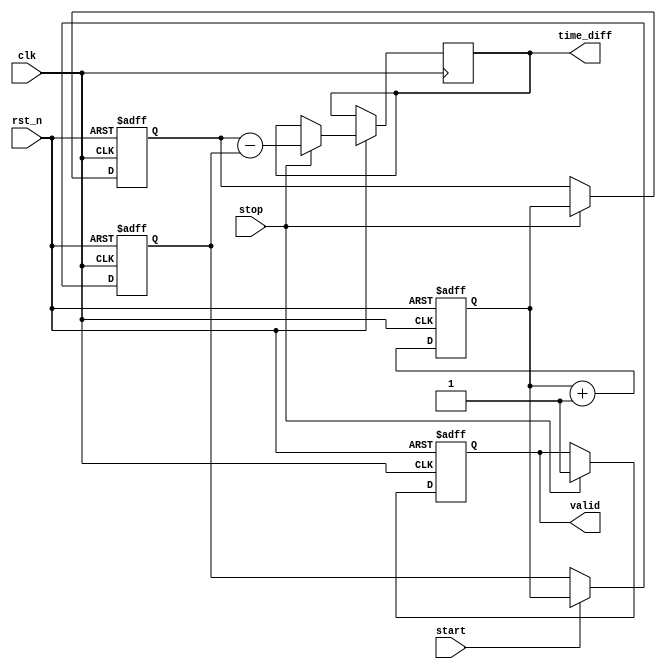
module TDC (
    input wire clk,        // High-frequency clock for time stamping
    input wire rst_n,     // Active-low reset
    input wire start,     // Start signal
    input wire stop,      // Stop signal
    output reg [31:0] time_diff, // Output time difference
    output reg valid      // Output valid signal
);

    reg [31:0] start_time; // Time stamp for start event
    reg [31:0] stop_time;  // Time stamp for stop event
    reg [31:0] counter;     // Counter for time stamping

    // Memory block - to store time stamps (simple register file)
    reg [31:0] mem_start [0:255]; // Memory for start time stamps
    reg [31:0] mem_stop  [0:255]; // Memory for stop time stamps
    reg [7:0] mem_write_ptr;       // Write pointer for memory

    // TMU: Time Measurement Unit
    always @(posedge clk or negedge rst_n) begin
        if (!rst_n) begin
            counter <= 32'b0;
            start_time <= 32'b0;
            stop_time <= 32'b0;
            mem_write_ptr <= 8'b0;
            valid <= 1'b0;
        end else begin
            counter <= counter + 1; // Increment counter on each clock cycle
            if (start) begin
                mem_start[mem_write_ptr] <= counter; // Store start timestamp
                start_time <= counter;
            end
            if (stop) begin
                mem_stop[mem_write_ptr] <= counter;  // Store stop timestamp
                stop_time <= counter;
                time_diff <= stop_time - start_time; // Calculate time difference
                valid <= 1'b1; // Indicate the output is valid
                mem_write_ptr <= mem_write_ptr + 1; // Increment write pointer
            end
        end
    end

    // DPU: Digital Processing Unit
    // The DPU operation is already integrated in the TMU calculation above

endmodule